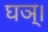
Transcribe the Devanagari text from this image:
घञ्।